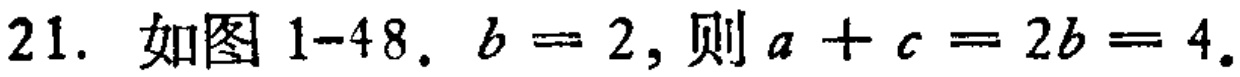
21. 如图1-48. \(b = 2\), 则 \(a + c = 2b = 4\).